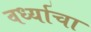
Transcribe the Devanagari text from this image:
वर्ध्याचा